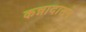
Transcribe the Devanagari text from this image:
कन्नादासन